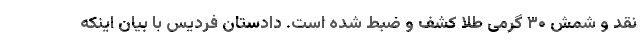
نقد و شمش ۳۰ گرمی طلا کشف و ضبط شده است. دادستان فردیس با بیان اینکه